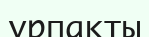
ұрпакты